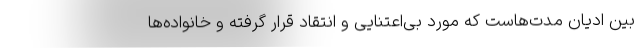
بین ادیان مدت‌هاست که مورد بی‌اعتنایی و انتقاد قرار گرفته و خانواده‌ها